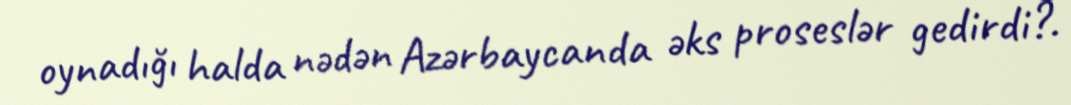
oynadığı halda nədən Azərbaycanda əks proseslər gedirdi?.